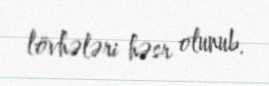
lövhələri həsr olunub.